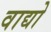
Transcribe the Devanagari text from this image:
वाद्यो